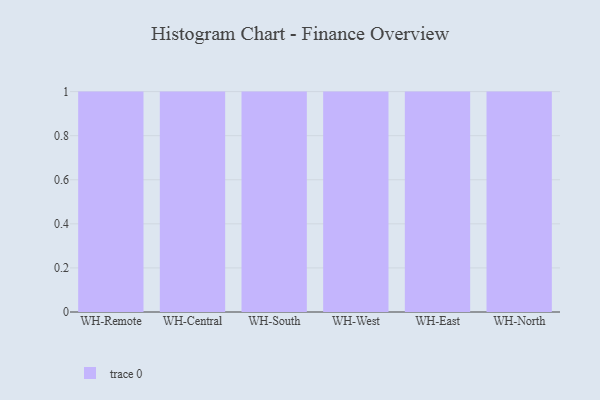
{"axis": {"x": "Warehouse", "y": "Operating Costs (USD K)"}, "legend": [""], "data": [{"x": "WH-Remote", "y": 17, "type": ""}, {"x": "WH-Central", "y": 80, "type": ""}, {"x": "WH-South", "y": 85, "type": ""}, {"x": "WH-West", "y": 10, "type": ""}, {"x": "WH-East", "y": 62, "type": ""}, {"x": "WH-North", "y": 84, "type": ""}]}